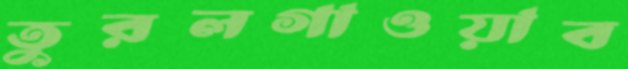
তুরলগাওয়াব